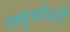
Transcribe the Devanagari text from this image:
त्सुयोशी